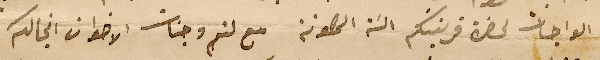
الواجبات لحضرة قرينتكم السَة المصونة مع لثم وجنات الاخوان انجالكم